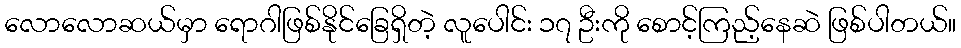
လောလောဆယ်မှာ ရောဂါဖြစ်နိုင်ခြေရှိတဲ့ လူပေါင်း ၁၇ ဦးကို စောင့်ကြည့်နေဆဲ ဖြစ်ပါတယ်။